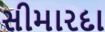
સીમારદા